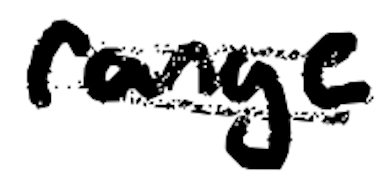
Text: range
Cross-out: double-line
Writing tool: digital_black